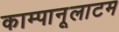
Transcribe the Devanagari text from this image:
काम्पानूलाटम